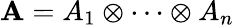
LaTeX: \mathbf{A}=A_{1}\otimes\cdots\otimes A_{n}